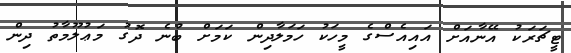
ޓީޗަރަކު އޭނާއަށް އައިއެސްގެ މީހަކު ހަމަލާދިން ކަމަށް ބުނެ ދޮގު މަޢުލޫމާތު ދިން